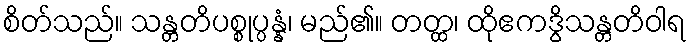
စိတ်သည်။ သန္တတိပစ္စုပ္ပန္နံ၊ မည်၏။ တတ္ထ၊ ထိုဧကဒွိသန္တတိဝါရ